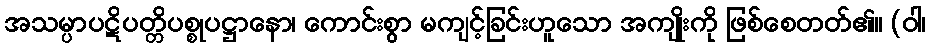
အသမ္ပာပဋိပတ္တိပစ္စုပဋ္ဌာနော၊ ကောင်းစွာ မကျင့်ခြင်းဟူသော အကျိုးကို ဖြစ်စေတတ်၏။ (ဝါ၊